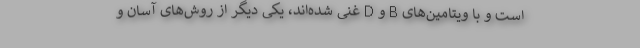
است و با ویتامین‌های B و D غنی شده‌اند، یکی دیگر از روش‌های آسان و